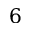
6